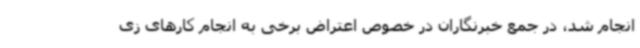
انجام شد، در جمع خبرنگاران در خصوص اعتراض برخی به انجام کارهای زی